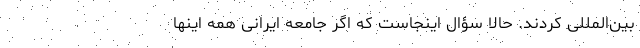
بین‌المللی کردند. حالا سؤال اینجاست که اگر جامعه ایرانی همه اینها